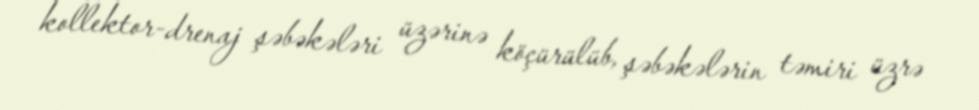
kollektor-drenaj şəbəkələri üzərinə köçürülüb, şəbəkələrin təmiri üzrə